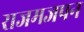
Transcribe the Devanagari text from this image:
राजमजपन